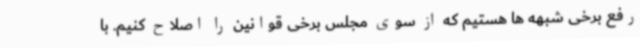
رفع برخی شبهه ها هستیم که از سوی مجلس برخی قوانین را اصلاح کنیم. با